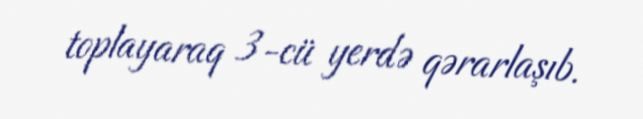
toplayaraq 3-cü yerdə qərarlaşıb.